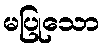
မပြုသော